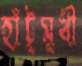
হাঁটুমুখী